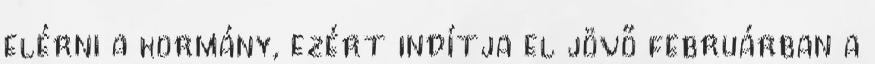
elérni a kormány, ezért indítja el jövő februárban a